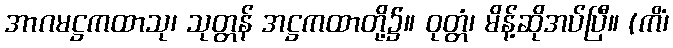
အာဂမဋ္ဌကထာသု၊ သုတ္တန် အဋ္ဌကထာတို့၌။ ဝုတ္တံ၊ မိန့်ဆိုအပ်ပြီ။ (ကိံ၊